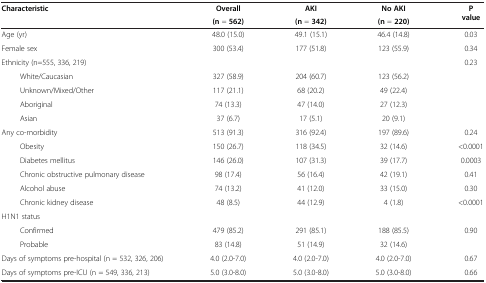
<table><thead><tr><td rowspan="2"><b>Characteristic</b></td><td><b>Overall</b></td><td><b>AKI</b></td><td><b>No AKI</b></td><td rowspan="2"><b>P value</b></td></tr><tr><td><b>(n = 562)</b></td><td><b>(n = 342)</b></td><td><b>(n = 220)</b></td></tr></thead><tbody><tr><td>Age (yr)</td><td>48.0 (15.0)</td><td>49.1 (15.1)</td><td>46.4 (14.8)</td><td>0.03</td></tr><tr><td>Female sex</td><td>300 (53.4)</td><td>177 (51.8)</td><td>123 (55.9)</td><td>0.34</td></tr><tr><td>Ethnicity (n=555, 336, 219)</td><td> </td><td> </td><td> </td><td>0.23</td></tr><tr><td>White/Caucasian</td><td>327 (58.9)</td><td>204 (60.7)</td><td>123 (56.2)</td><td> </td></tr><tr><td>Unknown/Mixed/Other</td><td>117 (21.1)</td><td>68 (20.2)</td><td>49 (22.4)</td><td> </td></tr><tr><td>Aboriginal</td><td>74 (13.3)</td><td>47 (14.0)</td><td>27 (12.3)</td><td> </td></tr><tr><td>Asian</td><td>37 (6.7)</td><td>17 (5.1)</td><td>20 (9.1)</td><td> </td></tr><tr><td>Any co-morbidity</td><td>513 (91.3)</td><td>316 (92.4)</td><td>197 (89.6)</td><td>0.24</td></tr><tr><td>Obesity</td><td>150 (26.7)</td><td>118 (34.5)</td><td>32 (14.6)</td><td>&lt;0.0001</td></tr><tr><td>Diabetes mellitus</td><td>146 (26.0)</td><td>107 (31.3)</td><td>39 (17.7)</td><td>0.0003</td></tr><tr><td>Chronic obstructive pulmonary disease</td><td>98 (17.4)</td><td>56 (16.4)</td><td>42 (19.1)</td><td>0.41</td></tr><tr><td>Alcohol abuse</td><td>74 (13.2)</td><td>41 (12.0)</td><td>33 (15.0)</td><td>0.30</td></tr><tr><td>Chronic kidney disease</td><td>48 (8.5)</td><td>44 (12.9)</td><td>4 (1.8)</td><td>&lt;0.0001</td></tr><tr><td colspan="5">H1N1 status</td></tr><tr><td>Confirmed</td><td>479 (85.2)</td><td>291 (85.1)</td><td>188 (85.5)</td><td rowspan="2">0.90</td></tr><tr><td>Probable</td><td>83 (14.8)</td><td>51 (14.9)</td><td>32 (14.6)</td></tr><tr><td>Days of symptoms pre-hospital (n = 532, 326, 206)</td><td>4.0 (2.0-7.0)</td><td>4.0 (2.0-7.0)</td><td>4.0 (2.0-7.0)</td><td>0.67</td></tr><tr><td>Days of symptoms pre-ICU (n = 549, 336, 213)</td><td>5.0 (3.0-8.0)</td><td>5.0 (3.0-8.0)</td><td>5.0 (3.0-8.0)</td><td>0.66</td></tr></tbody></table>